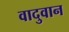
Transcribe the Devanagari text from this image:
वादुवान